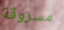
مسروقة